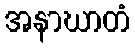
အနာဃာတံ